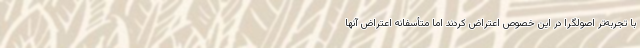
با تجربه‌تر اصولگرا در این خصوص اعتراض کردند اما متأسفانه اعتراض آنها